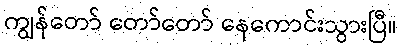
ကျွန်တော် တော်တော် နေကောင်းသွားပြီ။